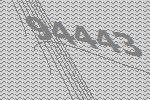
94443